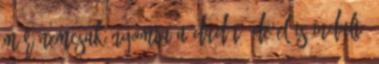
már nemcsak nyomta a dudát, de el is indult.